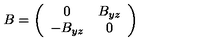
B = \left( \begin{array} { c c } { 0 } & { B _ { y z } } \\ { - B _ { y z } } & { 0 } \\ \end{array} \right)